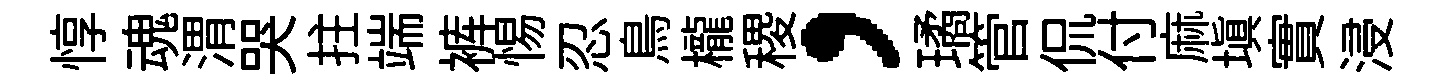
惇魂渭哭拄端裤惕忍鳥櫳稷，璚管侃付麻填實浸